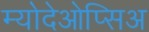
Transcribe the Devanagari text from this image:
म्योदेओप्सिअ